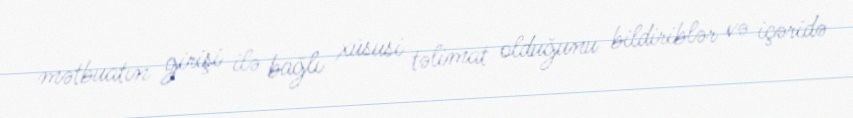
mətbuatın girişi ilə bağlı xüsusi təlimat olduğunu bildiriblər və içəridə